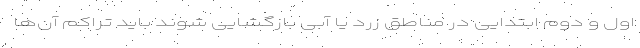
اول و دوم ابتدایی در مناطق زرد یا آبی بازگشایی شوند باید تراکم آن‌ها